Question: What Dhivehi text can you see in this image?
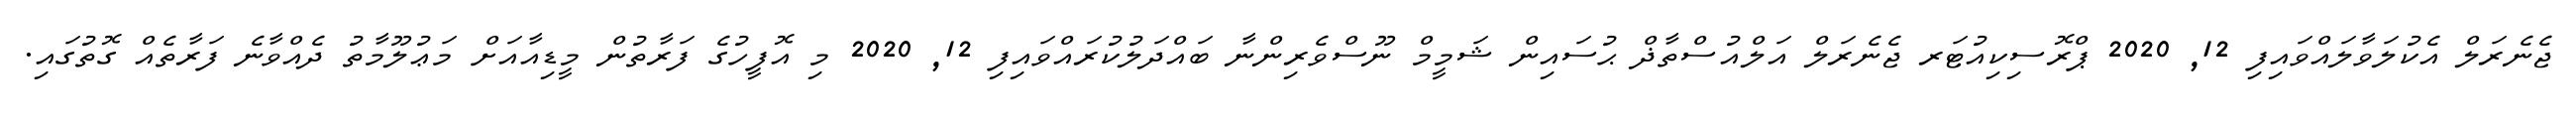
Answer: ޖެނެރަލް އެކުލަވާލައްވައިފި 12, 2020 ޕްރޮސިކިއުޓަރ ޖެނެރަލް އަލްއުސްތާޛް ޙުސައިން ޝަމީމް ނޫސްވެރިންނާ ބައްދަލުކުރައްވައިފި 12, 2020 މި އޮފީހުގެ ފަރާތުން މީޑިއާއަށް މަޢުލޫމާތު ދެއްވާނެ ފަރާތެއް ގޮތުގައި.